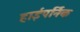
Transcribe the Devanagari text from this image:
हाईपर्निक